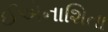
ઈએનાશિતા